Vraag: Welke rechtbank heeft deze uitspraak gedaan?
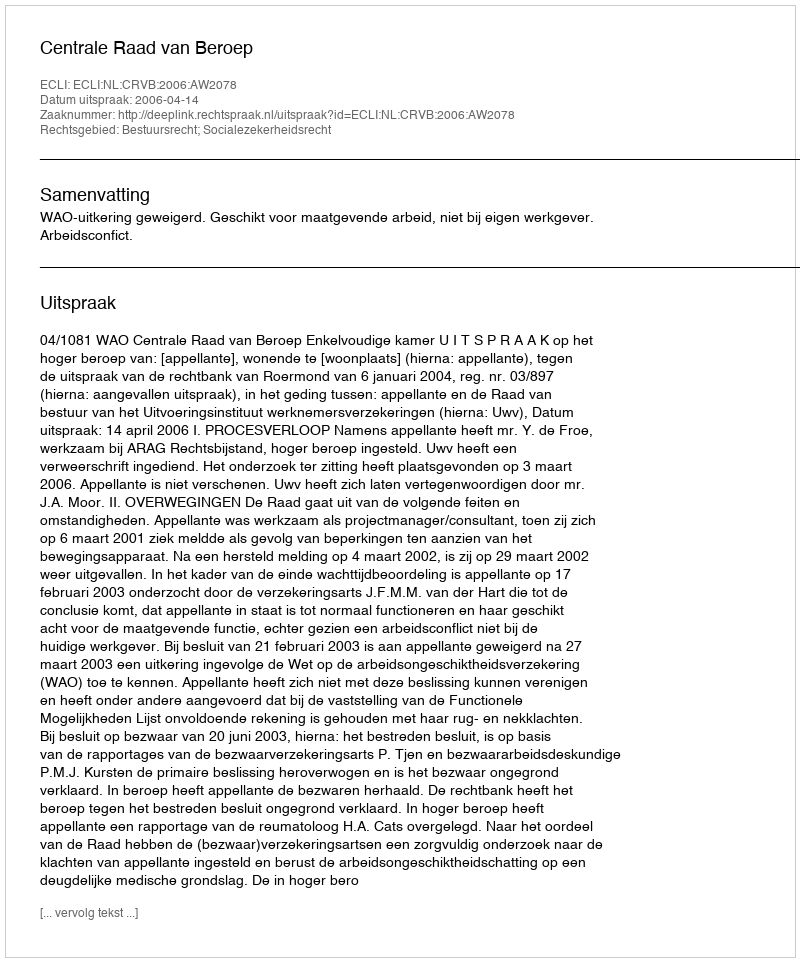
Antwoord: Centrale Raad van Beroep